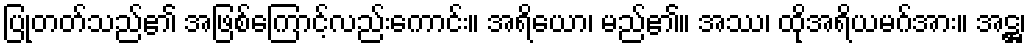
ပြုတတ်သည်၏ အဖြစ်ကြောင့်လည်းကောင်း။ အရိယော၊ မည်၏။ အဿ၊ ထိုအရိယမဂ်အား။ အဋ္ဌ၊